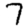
Digit: 7